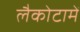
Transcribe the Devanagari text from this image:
लैकोटामें